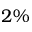
2 \%